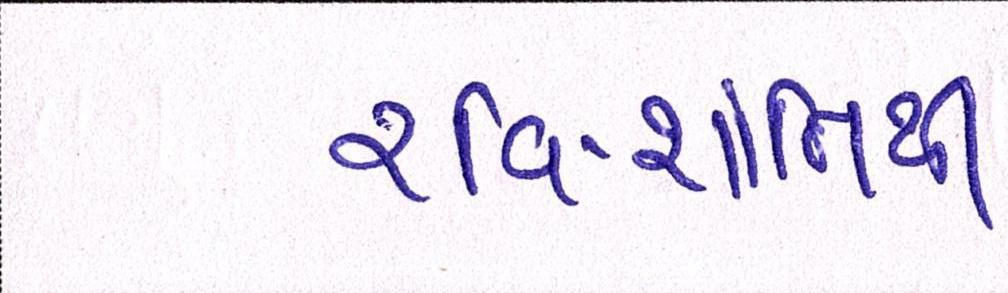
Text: રવિ-શાંતિથી